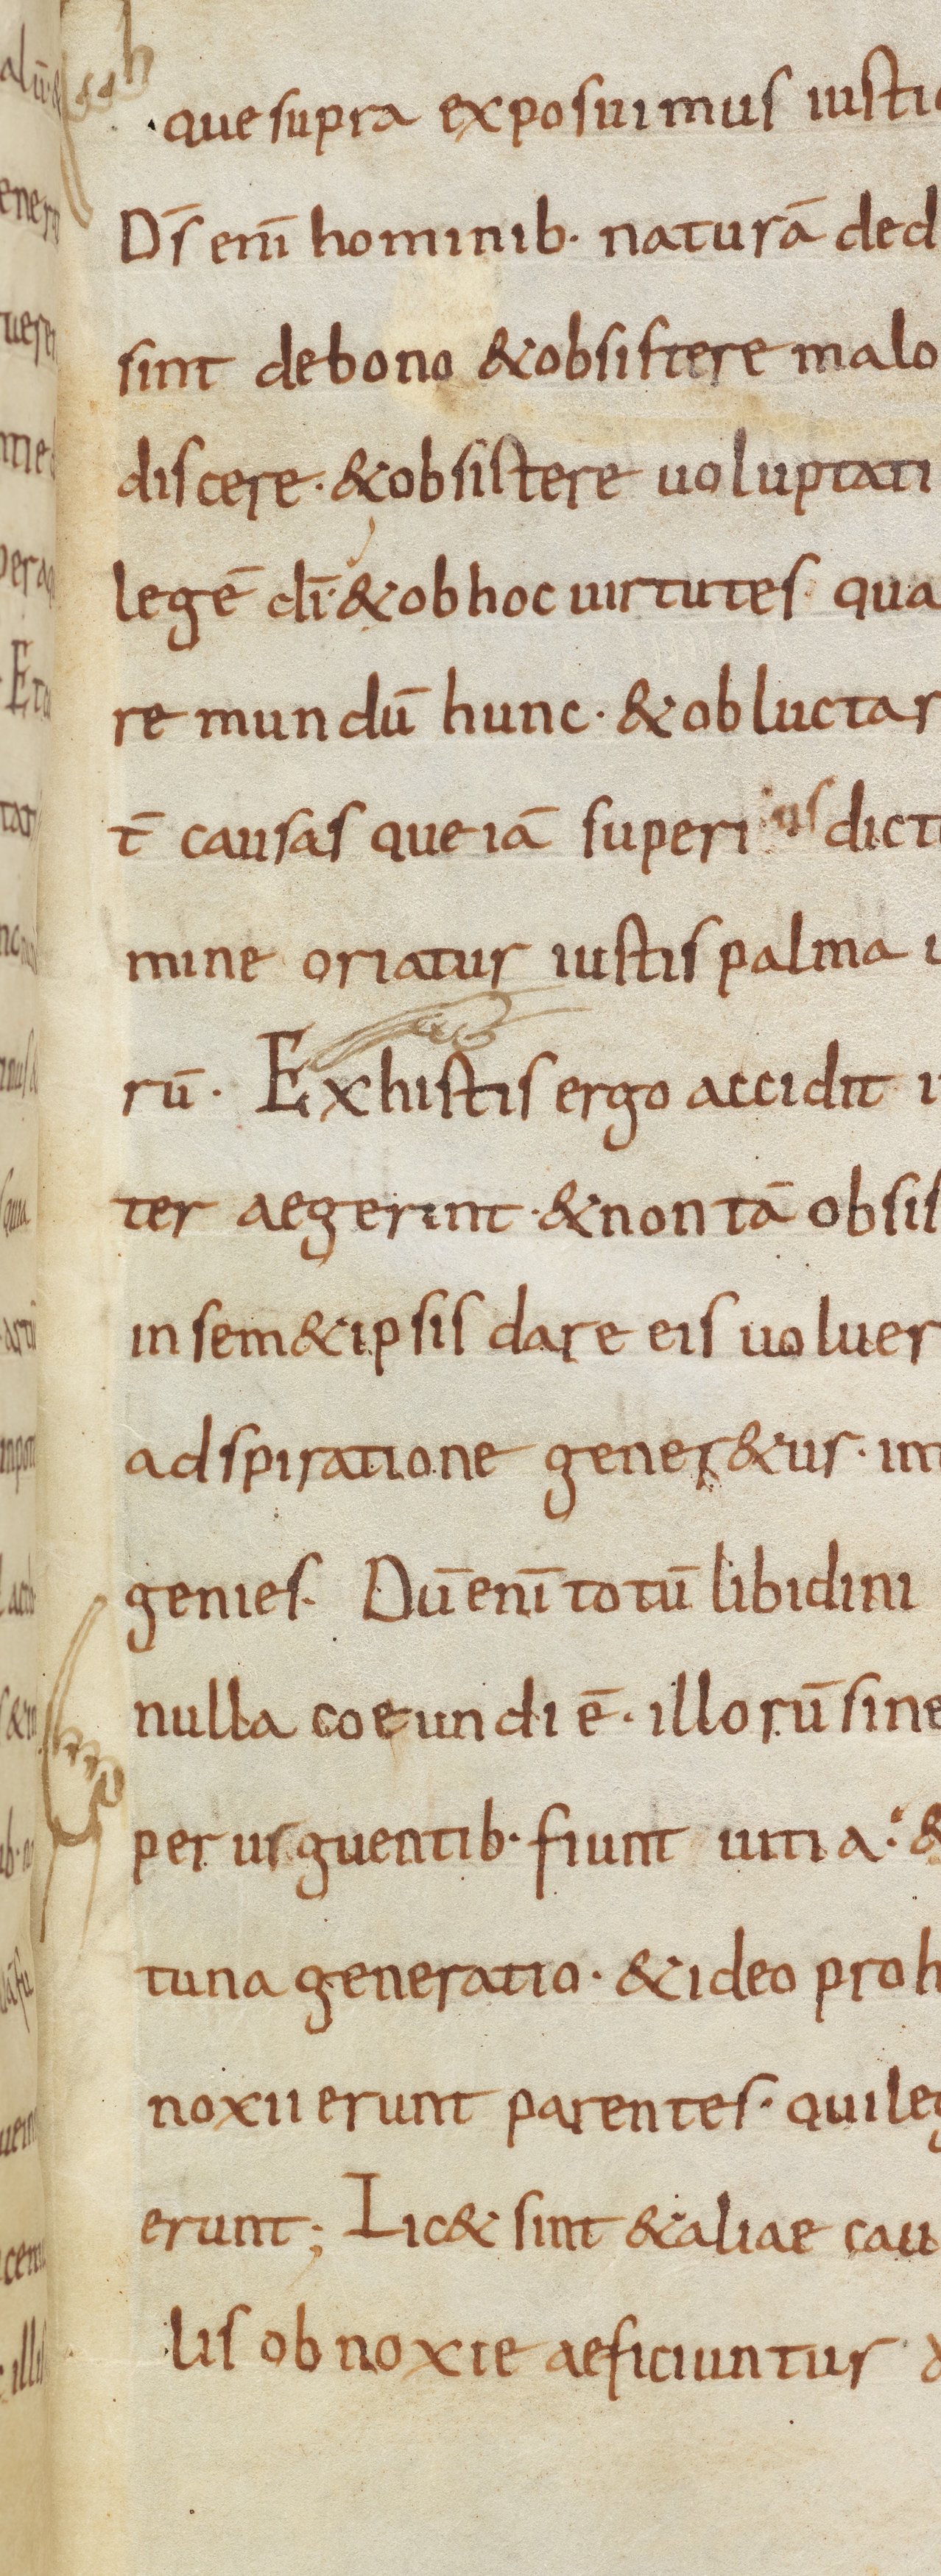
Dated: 835–865